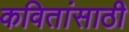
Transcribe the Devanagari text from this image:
कवितांसाठी